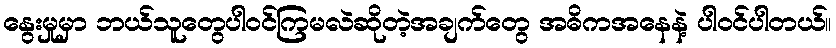
နွေးမှုမှာ ဘယ်သူတွေပါဝင်ကြမလဲဆိုတဲ့အချက်တွေ အဓိကအနေနဲ့ ပါဝင်ပါတယ်။